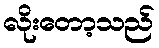
လိုးတော့သည်